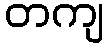
တကျ